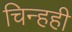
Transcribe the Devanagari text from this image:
चिन्हही